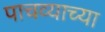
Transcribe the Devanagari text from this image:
पाचव्याच्या